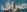
صراف